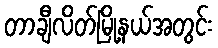
တာချီလိတ်မြို့နယ်အတွင်း